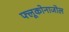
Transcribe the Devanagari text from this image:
फ्लूकोनाजोल